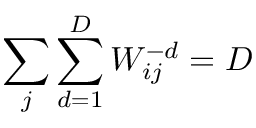
\sum _ { j } \sum _ { d = 1 } ^ { D } W _ { i j } ^ { - d } = D